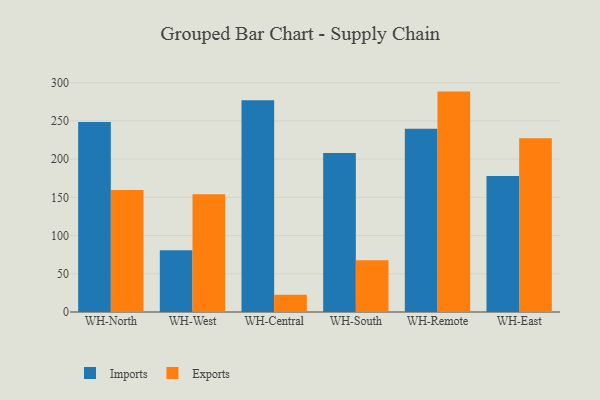
{"axis": {"x": "Warehouse", "y": "Website Visitors"}, "legend": ["Exports", "Imports"], "data": [{"x": "WH-North", "y": 248.6, "type": "Imports"}, {"x": "WH-North", "y": 159.5, "type": "Exports"}, {"x": "WH-West", "y": 80.9, "type": "Imports"}, {"x": "WH-West", "y": 154.0, "type": "Exports"}, {"x": "WH-Central", "y": 277.0, "type": "Imports"}, {"x": "WH-Central", "y": 22.7, "type": "Exports"}, {"x": "WH-South", "y": 207.9, "type": "Imports"}, {"x": "WH-South", "y": 67.7, "type": "Exports"}, {"x": "WH-Remote", "y": 239.7, "type": "Imports"}, {"x": "WH-Remote", "y": 288.3, "type": "Exports"}, {"x": "WH-East", "y": 177.8, "type": "Imports"}, {"x": "WH-East", "y": 227.4, "type": "Exports"}]}